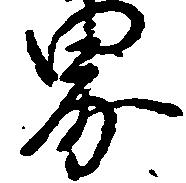
界